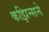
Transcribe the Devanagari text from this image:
कझिन्सने